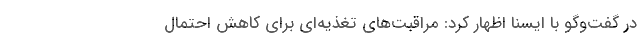
در گفت‌وگو با ایسنا اظهار کرد: مراقبت‌های تغذیه‌ای برای کاهش احتمال